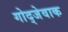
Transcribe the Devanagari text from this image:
गोद्जेवाक